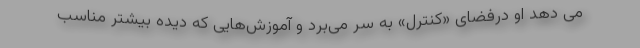
می دهد او درفضای «کنترل» به سر می‌برد و آموزش‌هایی که دیده بیشتر مناسب